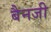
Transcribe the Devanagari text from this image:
बैनजी